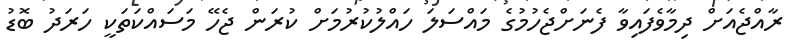
ރާއްޖެއަށް ދިމާވެފައިވާ ފެނަށްޖެހުމުގެ މައްސަލަ ހައްލުކުރުމަށް ކުރަން ޖެހޭ މަސައްކަތަކީ ހަރަދު ބޮޑު